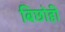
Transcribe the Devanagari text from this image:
बिछोही